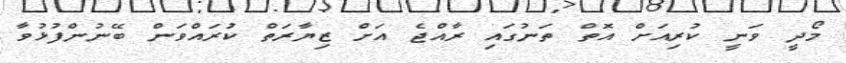
މޯދީ ވަނީ ކުރިއަށް އޮތް ތަނުގައި ރާއްޖެ އަށް ޒިޔާރަތް ކުަރައްވަން ބޭނުންފުޅުވާ